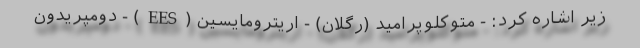
زیر اشاره کرد: - متوکلوپرامید (رگلان) - اریترومایسین (EES) - دومپریدون